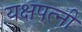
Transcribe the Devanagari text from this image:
यक्षपत्‍नी